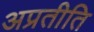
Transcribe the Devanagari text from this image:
अप्रतीति